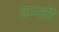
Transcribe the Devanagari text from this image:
उन्न्ती